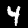
Digit: 4